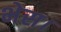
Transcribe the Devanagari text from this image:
भेस।